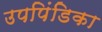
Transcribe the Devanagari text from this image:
उपपिंडिका